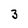
Character: 3